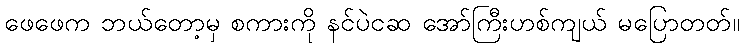
ဖေဖေက ဘယ်တော့မှ စကားကို နင်ပဲငဆ အော်ကြီးဟစ်ကျယ် မပြောတတ်။